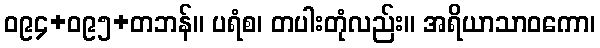
ဝ၉၄+ဝ၉၅+တဘန်။ ပရံစ၊ တပါးတုံလည်း။ အရိယာသာဝကော၊